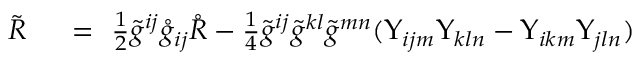
\begin{array} { r l } { \tilde { R } \ } & { { } = \ \frac 1 2 \tilde { g } ^ { i j } \mathring { g } _ { i j } \mathring { R } - \frac 1 4 \tilde { g } ^ { i j } \tilde { g } ^ { k l } \tilde { g } ^ { m n } ( \Upsilon _ { i j m } \Upsilon _ { k l n } - \Upsilon _ { i k m } \Upsilon _ { j l n } ) } \end{array}